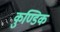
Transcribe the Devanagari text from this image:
कुण्डिक